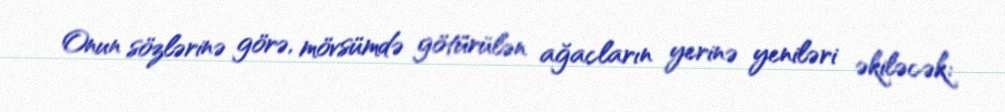
Onun sözlərinə görə, mövsümdə götürülən ağacların yerinə yeniləri əkiləcək: